Bombay plague: being a history of the progress of plague in the Bombay presidency from September 1896 to June 1899
Year: 1896
Disease focus: Plague
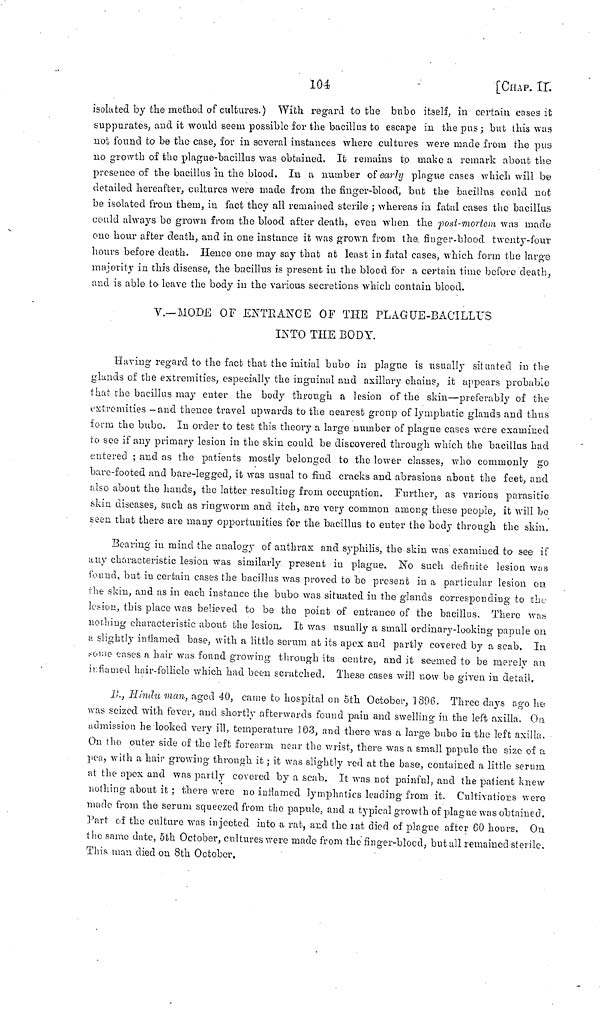
104
[CHAP. II.
isolated by the method of cultures.) With regard to the bubo itself, in certain cases it
suppurates, and it would seem possible for the bacillus to escape in the pus ; but this was
not found to be the case, for in several instances where cultures were made from the pus
no growth of the plague-bacillus was obtained. It remains to make a remark about the
presence of the bacillus in the blood. In a number of early plague cases which will be
detailed hereafter, cultures were made from the finger-blood, but the bacillus could not
be isolated from them, in fact they all remained sterile ; whereas in fatal cases the bacillus
could always be grown from the blood after death, even when the post-moriom was made
one hour after death, and in one instance it was grown from the. finger-blood twenty-four
hours before death. Hence one may say that at least in fatal cases, which form the large
majority in this disease, the bacillus is present in the blood for a certain time before death,
and is able to leave the body in the various secretions which contain blood.
V.—MODE OF ENTRANCE OF THE PLAGUE-BACILLUS
INTO THE BODY.
Having regard to the fact that the initial bubo in plague is usually situated in the
glands of the extremities, especially the inguinal and axillary chains, it appears probable
that the bacillus may enter the body through a lesion of the skin—preferably of the
extremities - and thence travel upwards to the nearest group of lymphatic glands and thus
form the bubo. In order to test this theory a large number of plague cases were examined
to see if any primary lesion in the skin could be discovered through which the bacillus had
entered ; and as the patients mostly belonged to the lower classes, who commonly go
bare-footed and bare-legged, it was usual to find cracks and abrasions about the feet, and
also about the hands, the latter resulting from occupation. Further, as various parasitic
skin diseases, such as ringworm and itch, are very common among these people, it will be
seen that there are many opportunities for the bacillus to enter the body through the skin.
Bearing in mind the analogy of anthrax and syphilis, the skin was examined to see if
any characteristic lesion was similarly present in plague. No such definite lesion was
found, but in certain cases the bacillus was proved to be present in a particular lesion cm
the skin, and as in each instance the bubo was situated in the glands corresponding to the
lesion, this place was believed to be the point of entrance of the bacillus. There was
nothing characteristic about the lesion. It was usually a small ordinary-looking papule on
a slightly inflamed base, with a little scrum at its apex and partly covered by a scab. In
some eases n hair was found growing through its centre, and it seemed to be merely an
inflamed hair-follicle which had been scratched. These cases will now be given in detail.
B., Hindu man, aged 40, came to hospital on 5th October, 1896. Three days ago lie-
was seized with fever, and shortly afterwards found pain and swelling in the left axilla. On
admission he looked very ill, temperature 103, and there was a large bubo in the left axilla.
On the outer side of the left forearm near the wrist, there was a small papule the size of a
pea, with a hair growing through it ; it was slightly red at the base, contained a little serum
at the apex and was partly covered by a scab. It was not painful, and the patient knew
nothing about it ; there were no inflamed lymphatics leading from it. Cultivatiors were
made from the serum squeezed from the papule, and a typical growth of plague was obtained.
Part of the culture was injected into a rat, and the rat died of plague after GO hours. On
t ho same date, 5th October, cultures were made from the finger-blood, but all remained sterile.
This man died on 8th October.